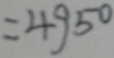
= 4 9 5 0